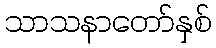
သာသနာတော်နှစ်